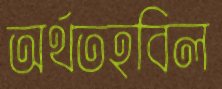
অর্থতহবিল